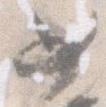
女